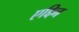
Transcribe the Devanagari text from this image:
एद्दिन